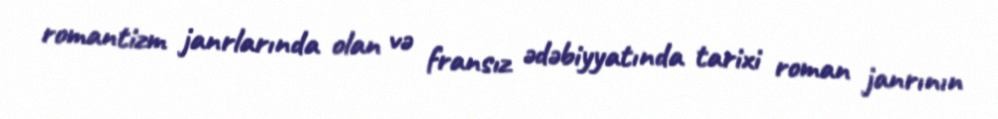
romantizm janrlarında olan və fransız ədəbiyyatında tarixi roman janrının